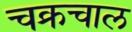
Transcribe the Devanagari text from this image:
चक्रचाल